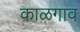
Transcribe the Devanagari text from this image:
काळगाव